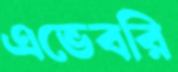
এভেবরি